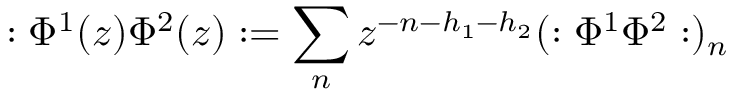
: \Phi ^ { 1 } ( z ) \Phi ^ { 2 } ( z ) : = \sum _ { n } z ^ { - n - h _ { 1 } - h _ { 2 } } ( : \Phi ^ { 1 } \Phi ^ { 2 } : ) _ { n }